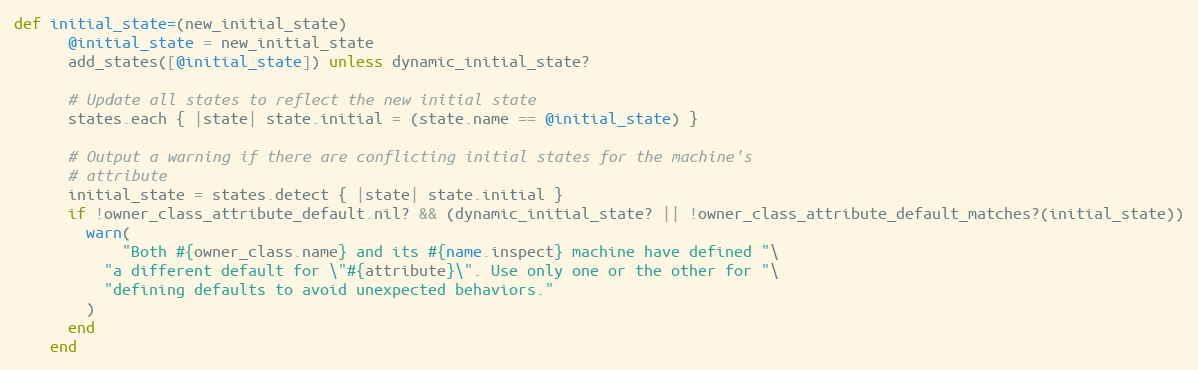
Language: Ruby
def initial_state=(new_initial_state)
      @initial_state = new_initial_state
      add_states([@initial_state]) unless dynamic_initial_state?

      # Update all states to reflect the new initial state
      states.each { |state| state.initial = (state.name == @initial_state) }

      # Output a warning if there are conflicting initial states for the machine's
      # attribute
      initial_state = states.detect { |state| state.initial }
      if !owner_class_attribute_default.nil? && (dynamic_initial_state? || !owner_class_attribute_default_matches?(initial_state))
        warn(
            "Both #{owner_class.name} and its #{name.inspect} machine have defined "\
          "a different default for \"#{attribute}\". Use only one or the other for "\
          "defining defaults to avoid unexpected behaviors."
        )
      end
    end